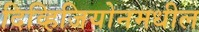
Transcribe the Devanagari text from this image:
दिव्हिजियोनमधील